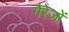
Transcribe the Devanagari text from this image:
गैरेजों